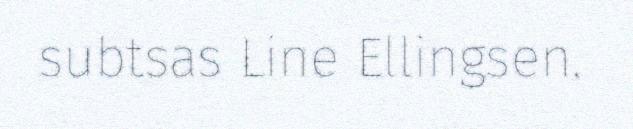
subtsas Line Ellingsen.